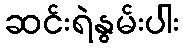
ဆင်းရဲနွမ်းပါး